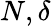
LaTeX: N,\delta